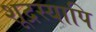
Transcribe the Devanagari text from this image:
शूद्रस्यापि